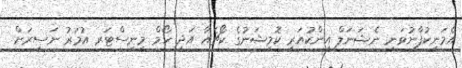
އެމަނިކުފާނުވަނީ ނެޝަނަލް އިންކުއަރީ ކޮމިޝަނުގެ ކޯޗެއާ އަދި ހޯމް މިނިސްޓަރ އުމަރު ނަސީރަށް